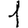
Digit: 1